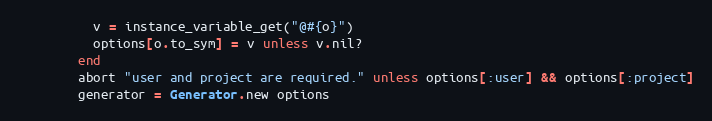
Language: Ruby
          v = instance_variable_get("@#{o}")
          options[o.to_sym] = v unless v.nil?
        end
        abort "user and project are required." unless options[:user] && options[:project]
        generator = Generator.new options